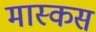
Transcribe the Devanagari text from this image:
मास्कस